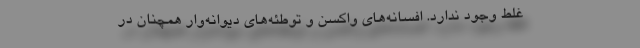
غلط وجود ندارد. افسانه‌های واکسن و توطئه‌های دیوانه‌وار همچنان در